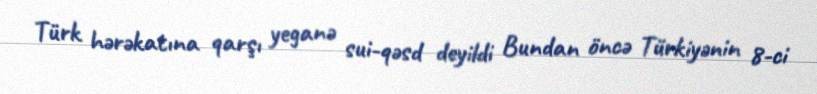
Türk hərəkatına qarşı yeganə sui-qəsd deyildi Bundan öncə Türkiyənin 8-ci